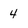
Character: 4